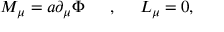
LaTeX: M _ { \mu } = a \partial _ { \mu } \Phi \, \, \, \, \, \, \, \, \, , \, \, \, \, \, \, \, \, L _ { \mu } = 0 ,